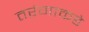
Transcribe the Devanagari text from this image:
तरंगाकडे